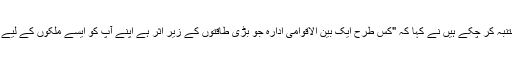
خامنہ ای جو اکثر ایران کی اسلامی حکومت کو ختم کرنے کے لیے " ثقافتی جنگ" سے متنبہ کر چکے ہیں نے کہا کہ "کس طرح ایک بین الاقوامی ادارہ جو بڑی طاقتوں کے زیر اثر ہے اپنے آپ کو ایسے ملکوں کے لیے فرائض کو متعین کرنے کی اجازت دے سکتا ہے جو مختلف تہذیب و تمدن کے حامل ہیں۔